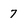
Character: 7